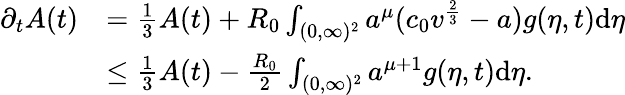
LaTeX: \begin{array}{rl}{\partial_{t}A(t)}&{=\frac{1}{3}A(t)+R_{0}\int_{(0,\infty)^{2}}a^{\mu}(c_{0}v^{\frac{2}{3}}-a)g(\eta,t)\textup{d}\eta}\\ &{\leq\frac{1}{3}A(t)-\frac{R_{0}}{2}\int_{(0,\infty)^{2}}a^{\mu+1}g(\eta,t)\textup{d}\eta.}\end{array}